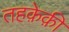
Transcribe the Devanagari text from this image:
तहक़ेक़ी